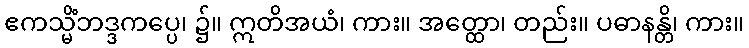
ဧကသ္မိံဘဒ္ဒကပ္ပေ၊ ၌။ ဣတိအယံ၊ ကား။ အတ္ထော၊ တည်း။ ပဓာနန္တိ၊ ကား။